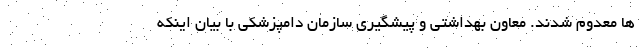
ها معدوم شدند. معاون بهداشتی و پیشگیری سازمان دامپزشکی با بیان اینکه